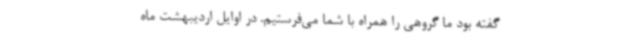
گفته بود ما گروهی را همراه با شما می‌فرستیم. در اوایل اردیبهشت ماه